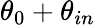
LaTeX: \theta_{0}+\theta_{in}